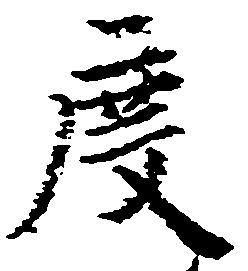
度